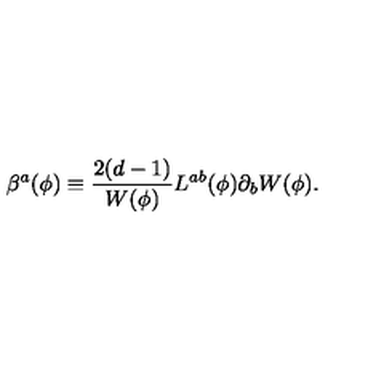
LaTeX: \beta ^ { a } ( \phi ) \equiv { \frac { 2 ( d - 1 ) } { W ( \phi ) } } L ^ { a b } ( \phi ) \partial _ { b } W ( \phi ) .